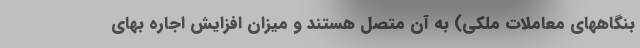
بنگاههای معاملات ملکی) به آن متصل هستند و میزان افزایش اجاره بهای